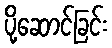
ပို့ဆောင်ခြင်း